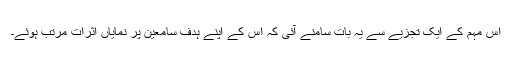
اس مہم کے ایک تجزیے سے یہ بات سامنے آئی کہ اس کے اپنے ہدف سامعین پر نمایاں اثرات مرتب ہوئے۔